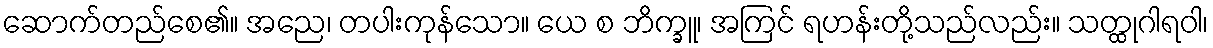
ဆောက်တည်စေ၏။ အညေ၊ တပါးကုန်သော။ ယေ စ ဘိက္ခူ၊ အကြင် ရဟန်းတို့သည်လည်း။ သတ္ထုဂါရဝါ၊